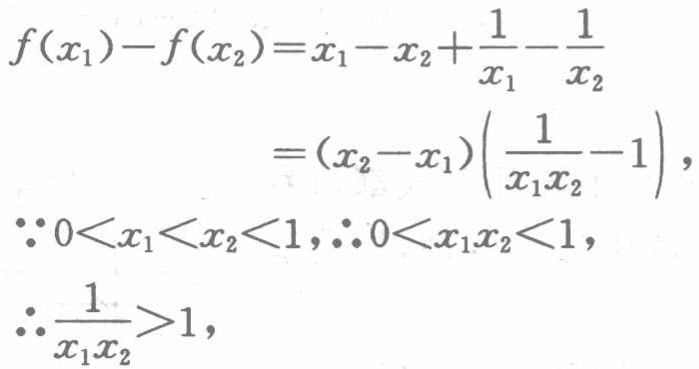
\[

\begin{align*}

f(x_1)-f(x_2)&=x_1 - x_2+\frac{1}{x_1}-\frac{1}{x_2}\\

&=(x_2 - x_1)\left(\frac{1}{x_1x_2}-1\right),\\

\because 0<x_1<x_2<1,\therefore 0<x_1x_2&<1,\\

\therefore \frac{1}{x_1x_2}&>1,

\end{align*}

\]